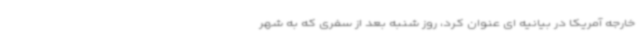
خارجه آمریکا در بیانیه ای عنوان کرد، روز شنبه بعد از سفری که به شهر